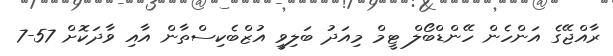
ރާއްޖޭގެ އަންހެން ހޭންޑްބޯލް ޓީމް މިއަދު ބަލިވީ އުޒްބެކިސްތާން އާއި ވާދަކޮށް 57-7